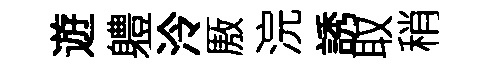
遊軆泠厫浣誘取稍